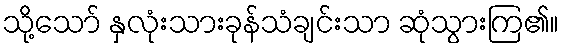
သို့သော် နှလုံးသားခုန်သံချင်းသာ ဆုံသွားကြ၏။